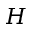
H